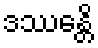
ဒဿေန္တိ